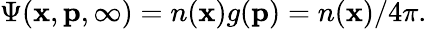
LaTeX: \Psi(\mathbf{x},\mathbf{{p}},\infty)=n(\mathbf{x})g(\mathbf{{p}})=n(\mathbf{x})/4\pi.